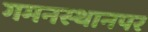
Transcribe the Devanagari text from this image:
गमनस्थानपर